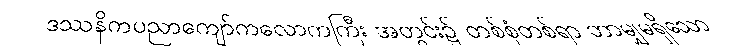
ဒဿနိကပညာကျော်ကလောကကြီး အတွင်း၌ တစ်စုံတစ်ရာ ဘာမျှမရှိသော